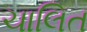
ચાલિત